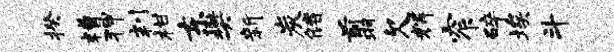
揆糟狎判柑东樊新炭储翦欠辉窄碎埃斗